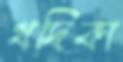
খদিকা